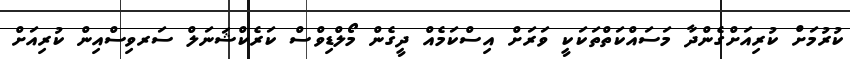
ކުރުމަށް ކުރިއަށްގެންދާ މަސައްކަތްތަކަކީ ވަރަށް އިސްކަމެއް ދީގެން މޯލްޑިވްސް ކަރެކްޝަނަލް ސަރވިސްއިން ކުރިއަށް